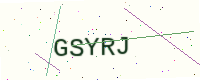
Text: GSYRJ